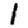
Digit: 1